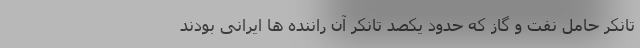
تانکر حامل نفت و گاز که حدود یکصد تانکر آن راننده ها ایرانی بودند